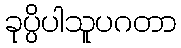
ခုပ္ပိပါသူပဂတာ